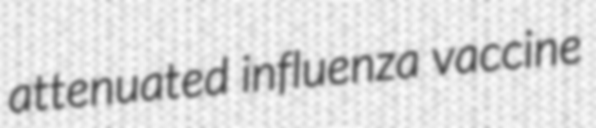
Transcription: attenuated influenza vaccine